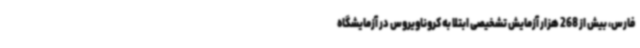
فارس، بیش از 268 هزار آزمایش تشخیصی ابتلا به کروناویروس در آزمایشگاه